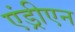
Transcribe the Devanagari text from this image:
एंड्रीएन